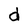
Character: d